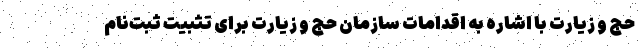
حج و زیارت با اشاره به اقدامات سازمان حج و زیارت برای تثبیت ثبت‌نام